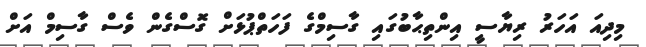
މިދިއަ އަހަރު ރިޔާސީ އިންތިޙާބުގައި ގާސިމްގެ ފަހަތްޕުޅަށް ގޮސްގެން ވެސް ގާސިމް އަށް